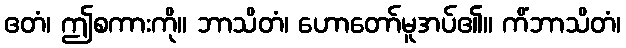
ဧတံ၊ ဤစကားကို။ ဘာသိတံ၊ ဟောတော်မူအပ်၏။ ကိံဘာသိတံ၊